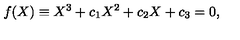
f ( X ) \equiv X ^ { 3 } + c _ { 1 } X ^ { 2 } + c _ { 2 } X + c _ { 3 } = 0 ,